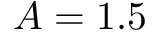
A = 1 . 5